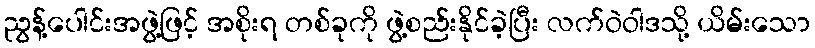
ညွန့်ပေါင်းအဖွဲ့ဖြင့် အစိုးရ တစ်ခုကို ဖွဲ့စည်းနိုင်ခဲ့ပြီး လက်ဝဲဝါဒသို့ ယိမ်းသော